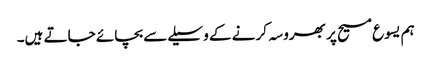
ہم یسوع مسیح پر بھروسہ کرنے کے وسیلےسے بچائے جاتے ہیں۔